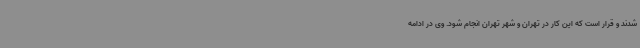
شدند و قرار است که این کار در تهران و شهر تهران انجام شود. وی در ادامه